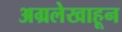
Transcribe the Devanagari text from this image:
अग्रलेखाहून